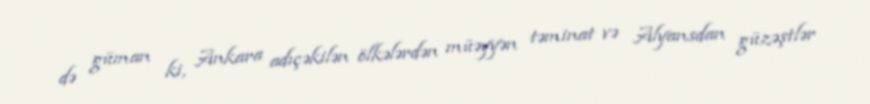
də güman ki, Ankara adıçəkilən ölkələrdən müəyyən təminat və Alyansdan güzəştlər